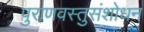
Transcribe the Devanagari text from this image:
पुराणवस्तुसंशोधन